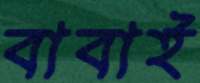
বাবাই